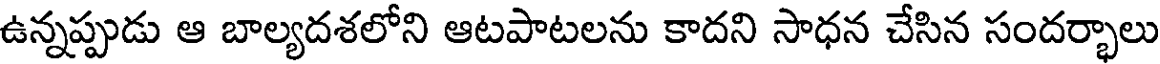
ఉన్నప్పుడు ఆ బాల్యదశలోని ఆటపాటలను కాదని సాధన చేసిన సందర్భాలు